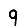
Digit: 9